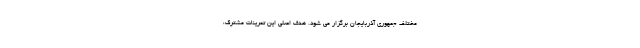
مختلف جمهوری آذربایجان برگزار می شود. هدف اصلی این تمرینات مشترک،